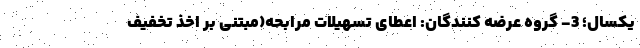
یکسال؛ 3- گروه عرضه کنندگان: اعطای تسهیلات مرابحه(مبتنی بر اخذ تخفیف